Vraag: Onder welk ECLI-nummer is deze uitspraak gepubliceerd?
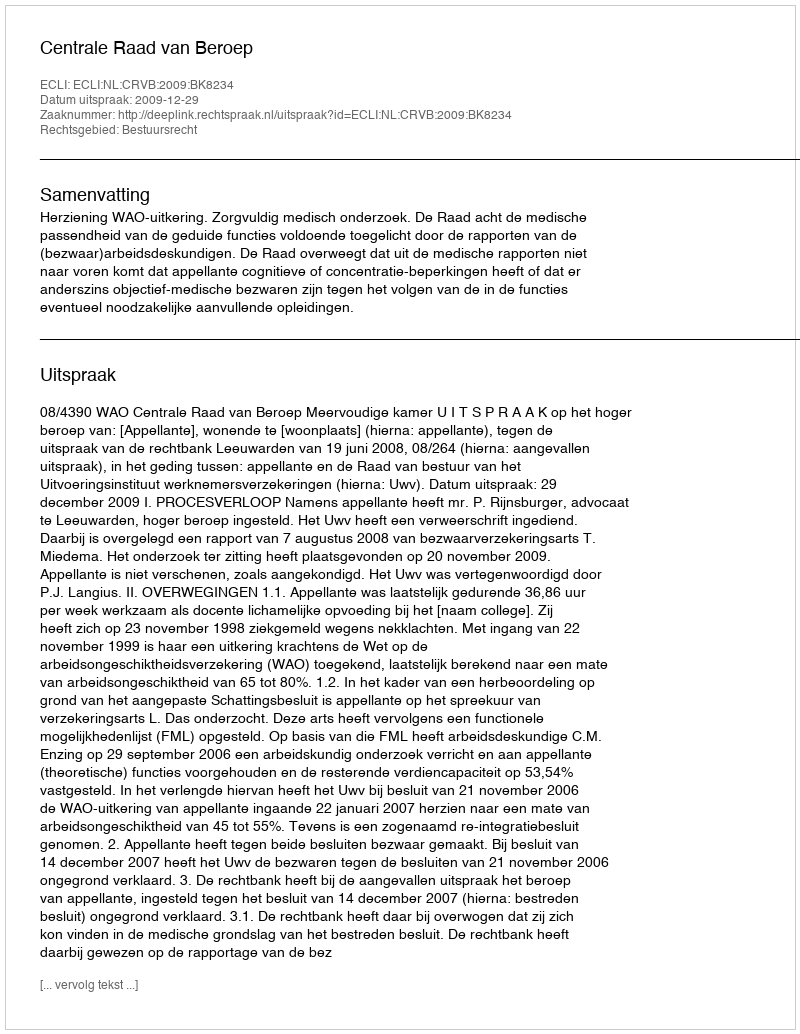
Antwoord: ECLI:NL:CRVB:2009:BK8234